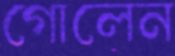
গোলেন